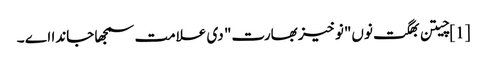
[1] چیتن بھگت نوں"نوخیز بھارت" دی علامت سمجھا جاندا اے ۔